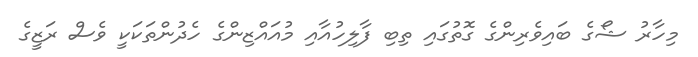
މިހާރު ޝޯގެ ބައިވެރިންގެ ގޮތުގައި ތިބި ފާލިހުއާއި މުއައްޒިންގެ ހެދުންތަކަކީ ވެސް ރަޒީގެ